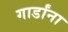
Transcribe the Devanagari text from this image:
गार्डांना